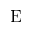
\mathrm { E }